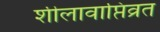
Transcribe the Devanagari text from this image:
शीलावाप्तिव्रत